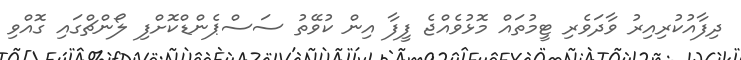
ދިފާއުކުރިއިރު ވާދަވެރި ޓީމުތައް މޮޅުވެއްޖެ ފީފާ އިން ކުވޭތު ސަސްޕެންޑްކޮށްފި ލޯންޗްގައި ގޮއްވި